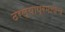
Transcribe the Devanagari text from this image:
ठरल्याप्रमाणेच